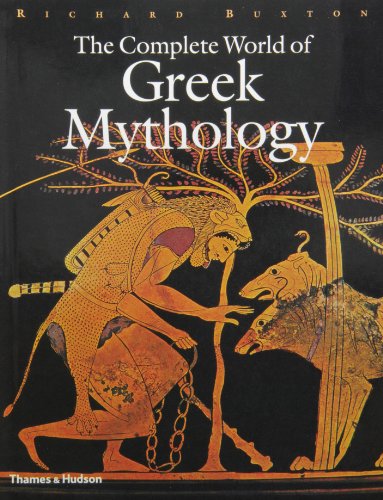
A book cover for The Complete World of Greek Mythology; Richard Buxton; Literature & Fiction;